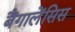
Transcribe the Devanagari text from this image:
बैंगालेंसिस